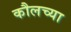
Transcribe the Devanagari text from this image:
कौलच्या